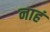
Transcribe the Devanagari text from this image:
नाहं